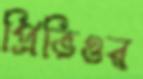
প্রিভিওর